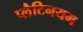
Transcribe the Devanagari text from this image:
प्लैटिनयम